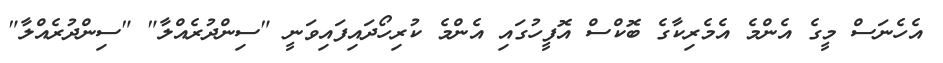
އެހެނަސް މީގެ އެންމެ އެމެރިކާގެ ބޮކްސް އޮފީހުގައި އެންމެ ކުރިހޯދައިފައިވަނީ "ސިންދުރެއްލާ" "ސިންދުރެއްލާ"